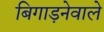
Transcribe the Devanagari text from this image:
बिगाड़नेवाले